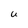
Character: U